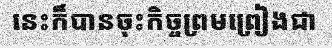
នេះក៏បានចុះកិច្ចព្រមព្រៀងជា